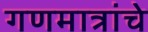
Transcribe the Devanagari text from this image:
गणमात्रांचे